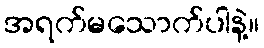
အရက်မသောက်ပါနဲ့။